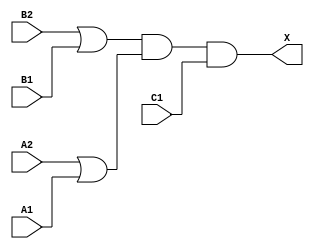
/*
 * Copyright 2020 The SkyWater PDK Authors
 *
 * Licensed under the Apache License, Version 2.0 (the "License");
 * you may not use this file except in compliance with the License.
 * You may obtain a copy of the License at
 *
 *     https://www.apache.org/licenses/LICENSE-2.0
 *
 * Unless required by applicable law or agreed to in writing, software
 * distributed under the License is distributed on an "AS IS" BASIS,
 * WITHOUT WARRANTIES OR CONDITIONS OF ANY KIND, either express or implied.
 * See the License for the specific language governing permissions and
 * limitations under the License.
 *
 * SPDX-License-Identifier: Apache-2.0
*/


`ifndef SKY130_FD_SC_LP__O221A_FUNCTIONAL_V
`define SKY130_FD_SC_LP__O221A_FUNCTIONAL_V

/**
 * o221a: 2-input OR into first two inputs of 3-input AND.
 *
 *        X = ((A1 | A2) & (B1 | B2) & C1)
 *
 * Verilog simulation functional model.
 */

`timescale 1ns / 1ps
`default_nettype none

`celldefine
module sky130_fd_sc_lp__o221a (
    X ,
    A1,
    A2,
    B1,
    B2,
    C1
);

    // Module ports
    output X ;
    input  A1;
    input  A2;
    input  B1;
    input  B2;
    input  C1;

    // Local signals
    wire or0_out   ;
    wire or1_out   ;
    wire and0_out_X;

    //  Name  Output      Other arguments
    or  or0  (or0_out   , B2, B1              );
    or  or1  (or1_out   , A2, A1              );
    and and0 (and0_out_X, or0_out, or1_out, C1);
    buf buf0 (X         , and0_out_X          );

endmodule
`endcelldefine

`default_nettype wire
`endif  // SKY130_FD_SC_LP__O221A_FUNCTIONAL_V